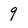
Character: 9